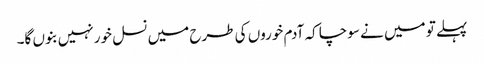
پہلے تو میں نے سوچا کہ آدم خوروں کی طرح میں نسل خور نہیں بنوں گا۔